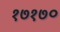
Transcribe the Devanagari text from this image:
१७१७०